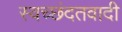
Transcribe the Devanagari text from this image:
स्वच्छंदतवादी